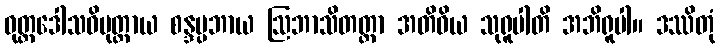
ဝုတ္တဒေါသဝိမုတ္တာယ စန္ဒပ္ပဘာယ ဩဘာသိတတ္တာ အတိဝိယ သုရူပါတိ အဘိရူပါ။ ဒဿိတုံ